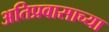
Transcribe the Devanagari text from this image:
अतिप्रवासाच्या